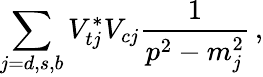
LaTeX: \sum_{j=d,s,b}V_{tj}^{*}V_{cj}\frac{1}{p^{2}-m_{j}^{2}}\, ,